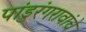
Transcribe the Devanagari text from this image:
पांडुरंगरावांचे